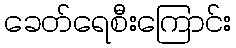
ခေတ်ရေစီးကြောင်း